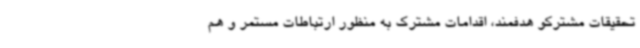
تحقیقات مشترکو هدفمند، اقدامات مشترک به منظور ارتباطات مستمر و هم